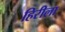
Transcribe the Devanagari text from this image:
हिरीला